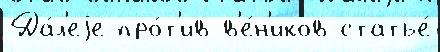
Да́л'еjе про́т'ив в'е́н'иков статье́